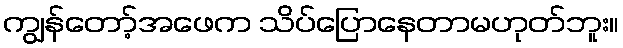
ကျွန်တော့်အဖေက သိပ်ပြောနေတာမဟုတ်ဘူး။